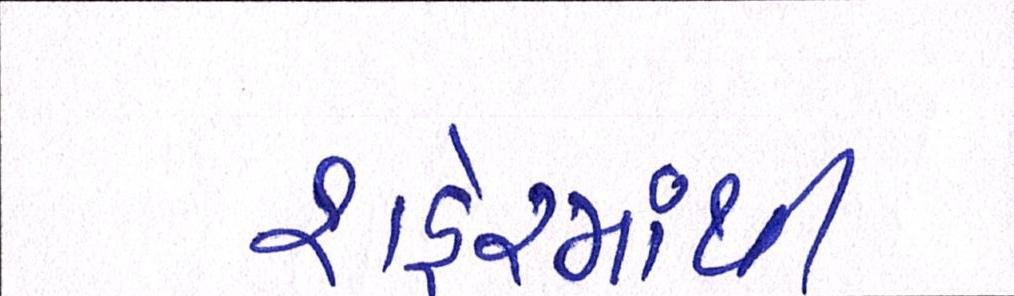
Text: શહેરમાંથી